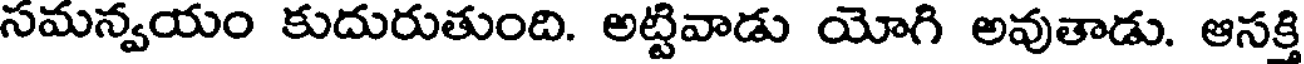
సమన్వయం కుదురుతుంది. అట్టివాడు యోగి అవుతాడు. ఆసక్తి